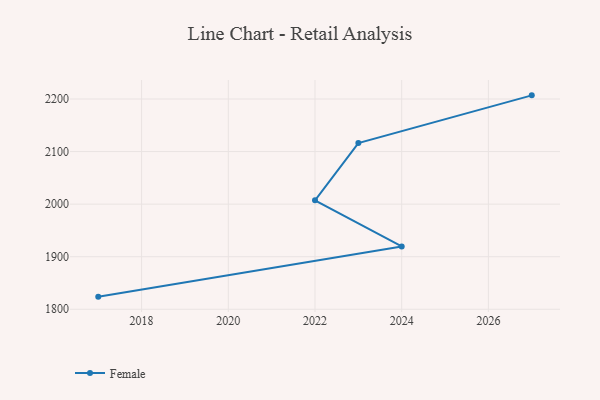
{"axis": {"x": "Year", "y": "Bounce Rate (%)"}, "legend": ["Female"], "data": [{"x": "2027", "y": 2207.0, "type": "Female"}, {"x": "2023", "y": 2116.2, "type": "Female"}, {"x": "2022", "y": 2007.2, "type": "Female"}, {"x": "2024", "y": 1919.6, "type": "Female"}, {"x": "2017", "y": 1824.0, "type": "Female"}]}